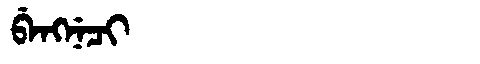
Manchu: ᠪᡝᠩᠨᡝᠴᡳ
Romanization: BENGNECI